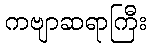
ကဗျာဆရာကြီး